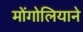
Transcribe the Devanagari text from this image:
मोंगोलियाने